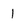
Character: 1